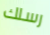
رسلك